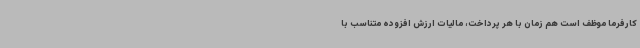
کارفرما موظف است هم زمان با هر پرداخت، مالیات ارزش افزوده متناسب با